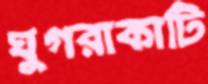
ঘুগরাকাটি